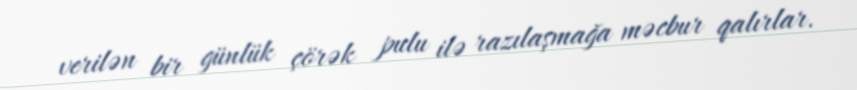
verilən bir günlük çörək pulu ilə razılaşmağa məcbur qalırlar.